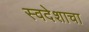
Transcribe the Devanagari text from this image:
स्वदेशाचा